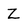
Character: Z